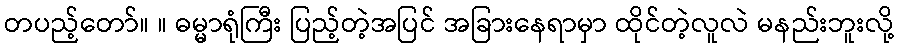
တပည့်တော်။ ။ ဓမ္မာရုံကြီး ပြည့်တဲ့အပြင် အခြားနေရာမှာ ထိုင်တဲ့လူလဲ မနည်းဘူးလို့